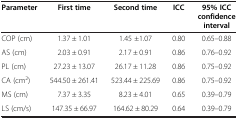
| Parameter | First time | Second time | ICC | 95% ICC confidence interval |
 | --- | --- | --- | --- | --- |
 | COP (cm) | 1.37 ± 1.01 | 1.45 ±1.07 | 0.80 | 0.65–0.88 |
 | AS (cm) | 2.03 ± 0.91 | 2.17 ± 0.91 | 0.86 | 0.76–0.92 |
 | PL (cm) | 27.23 ± 13.07 | 26.17 ± 11.28 | 0.86 | 0.75–0.92 |
 | CA (cm2) | 544.50 ± 261.41 | 523.44 ± 225.69 | 0.86 | 0.75–0.92 |
 | MS (cm) | 7.37 ± 3.35 | 8.23 ± 4.01 | 0.65 | 0.39–0.79 |
 | LS (cm/s) | 147.35 ± 66.97 | 164.62 ± 80.29 | 0.64 | 0.39–0.79 |